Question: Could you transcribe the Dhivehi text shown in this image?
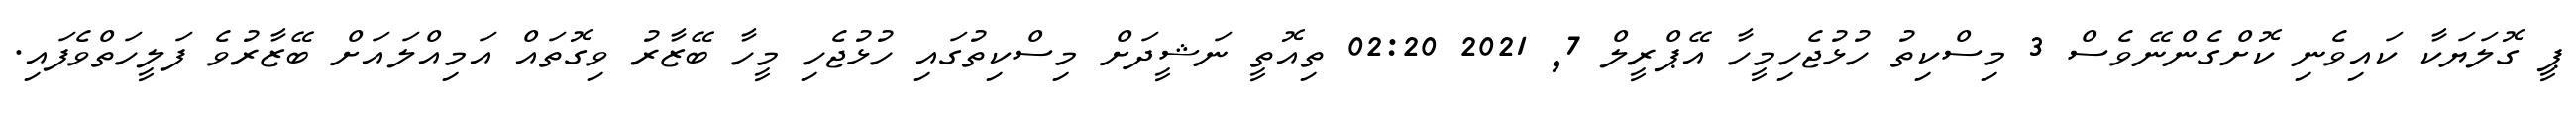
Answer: ޕީ ގޮލަޔަކާ ކައިވެނި ކޮށްގެންނޭވެސް 3 މިސްކިތު ހުޅުޖެހިމީހާ އޭޕްރީލް 7, 2021 02:20 ތިއޮތީ ނަޝީދަށް މިސްކިތުގައި ހުޅުޖެހި މީހާ ބޭޒާރު ވިގޮތައް އަމިއްލައަށް ބޭޒާރުވެ ފަލީހަތްވެފައި.